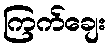
ကြက်ချေး